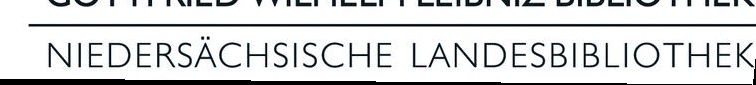
NIEDERSÄCHSISCHE LANDESBIBLIOTHEK